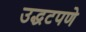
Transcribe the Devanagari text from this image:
उद्धटपणे